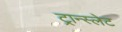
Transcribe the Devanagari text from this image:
ट्रान्स्लेट